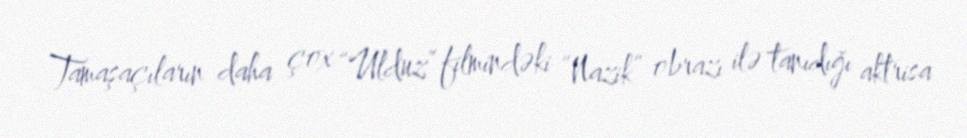
Tamaşaçıların daha çox “Ulduz” filmindəki “Nazik” obrazı ilə tanıdığı aktrisa